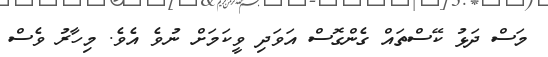
މަސް ދަޅު ކޭސްތައް ގެންގޮސް އަވަދި ވީކަމަށް ނުވެ އެވެ. މިހާރު ވެސް